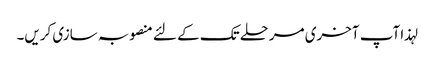
لہذا آپ آخری مرحلے تک کے لئے منصوبہ سازی کریں۔